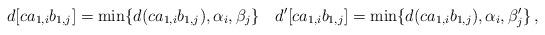
LaTeX: \begin{align*}d[ca_{1,i}b_{1,j}] =\min\{d(ca_{1,i}b_{1,j}),\alpha_{i},\beta_{j}\} \quad d^{\prime}[ca_{1,i}b_{1,j}] =\min\{d(ca_{1,i}b_{1,j}),\alpha_{i},\beta_{j}^{\prime}\}\,,\end{align*}